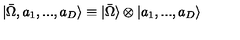
| \bar { \Omega } , a _ { 1 } , . . . , a _ { D } \rangle \equiv | \bar { \Omega } \rangle \otimes | a _ { 1 } , . . . , a _ { D } \rangle